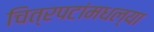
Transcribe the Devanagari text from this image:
चित्रपटांमधल्या